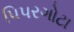
પિપરગોટા